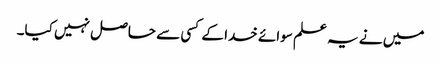
میں نے یہ علم سوائے خدا کے کسی سے حاصل نہیں کیا۔